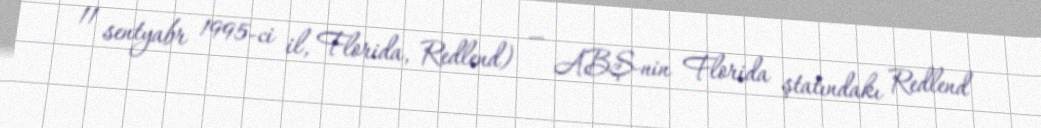
11 sentyabr 1995-ci il, Florida, Redlend) — ABŞ-nin Florida ştatındakı Redlend